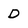
Character: D